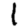
Digit: 1